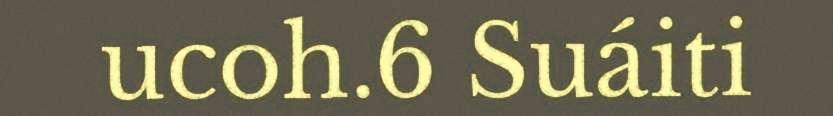
ucoh.6 Suáiti